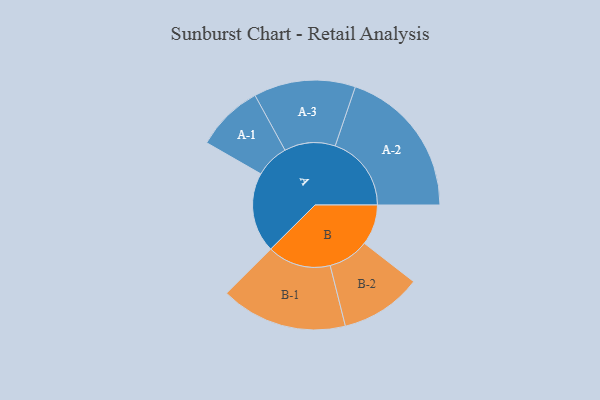
{"axis": {"x": "Segment", "y": "Value"}, "legend": ["", "A", "B"], "data": [{"x": "A", "y": 269, "type": ""}, {"x": "B", "y": 136, "type": ""}, {"x": "A-1", "y": 113, "type": "A"}, {"x": "A-2", "y": 256, "type": "A"}, {"x": "A-3", "y": 171, "type": "A"}, {"x": "B-1", "y": 213, "type": "B"}, {"x": "B-2", "y": 137, "type": "B"}]}